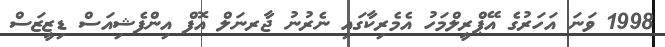
1998 ވަނަ އަހަރުގެ އޭޕްރީލްމަހު އެެމެރިކާގައި ނެރުނު ޖާރނަލް އޮފް އިންފެޝިއަސް ޑިޒީޒަސް